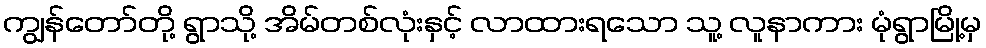
ကျွန်တော်တို့ ရွာသို့ အိမ်တစ်လုံးနှင့် လာထားရသော သူ့ လူနာကား မုံရွာမြို့မှ